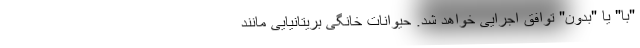
"با" یا "بدون" توافق اجرایی خواهد شد. حیوانات خانگی بریتانیایی مانند